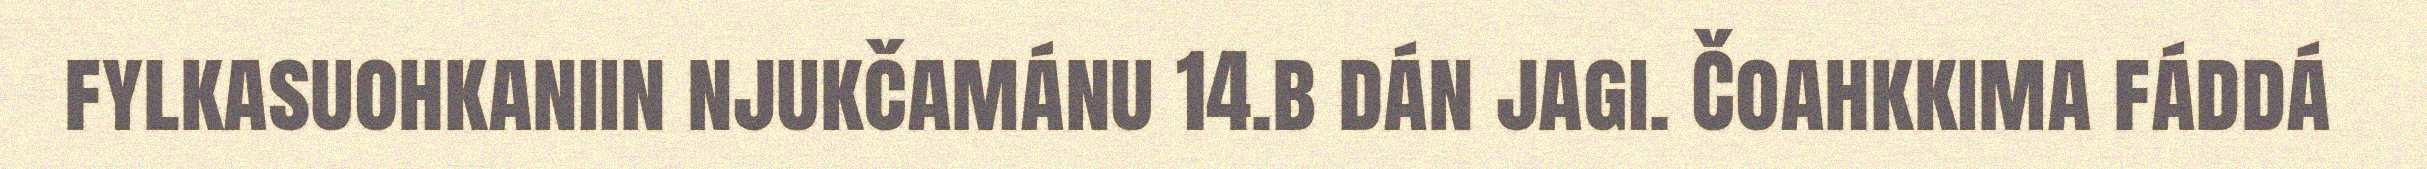
fylkasuohkaniin njukčamánu 14.b dán jagi. Čoahkkima fáddá